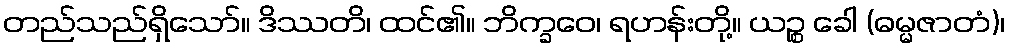
တည်သည်ရှိသော်။ ဒိဿတိ၊ ထင်၏။ ဘိက္ခဝေ၊ ရဟန်းတို့။ ယဉ္စ ခေါ (ဓမ္မဇာတံ)၊